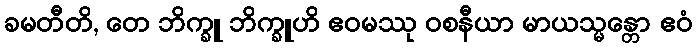
ခမတီတိ, တေ ဘိက္ခူ ဘိက္ခူဟိ ဧဝမဿု ဝစနီယာ မာယသ္မန္တော ဧဝံ